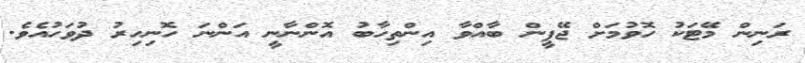
ރަނިން މޭޓަކު ހޮވުމަށް ޖޭޕީން ބާއްވާ އިންތިހާބު އޮންނާނީ އަންނަ ހޮނިހިރު ދުވަހުއެވެ.